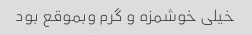
خیلی خوشمزه و گرم وبموقع بود